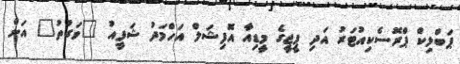
ޕަބްލިކް ޕްރޮސެކިއުޓަރު އަދި ޕީޖީގެ މީޑިއާ އޮފިޝަލް އަހްމަދު ޝަފީއު "ވަގުތު" އަށް